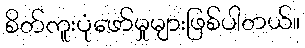
စိတ်ကူးပုံဖော်မှုများဖြစ်ပါတယ်။